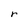
Character: r